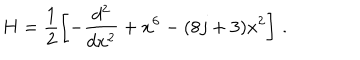
LaTeX: H = \frac { 1 } { 2 } \left[ - \frac { d ^ { 2 } } { d x ^ { 2 } } + x ^ { 6 } - ( 8 j + 3 ) x ^ { 2 } \right] \, .